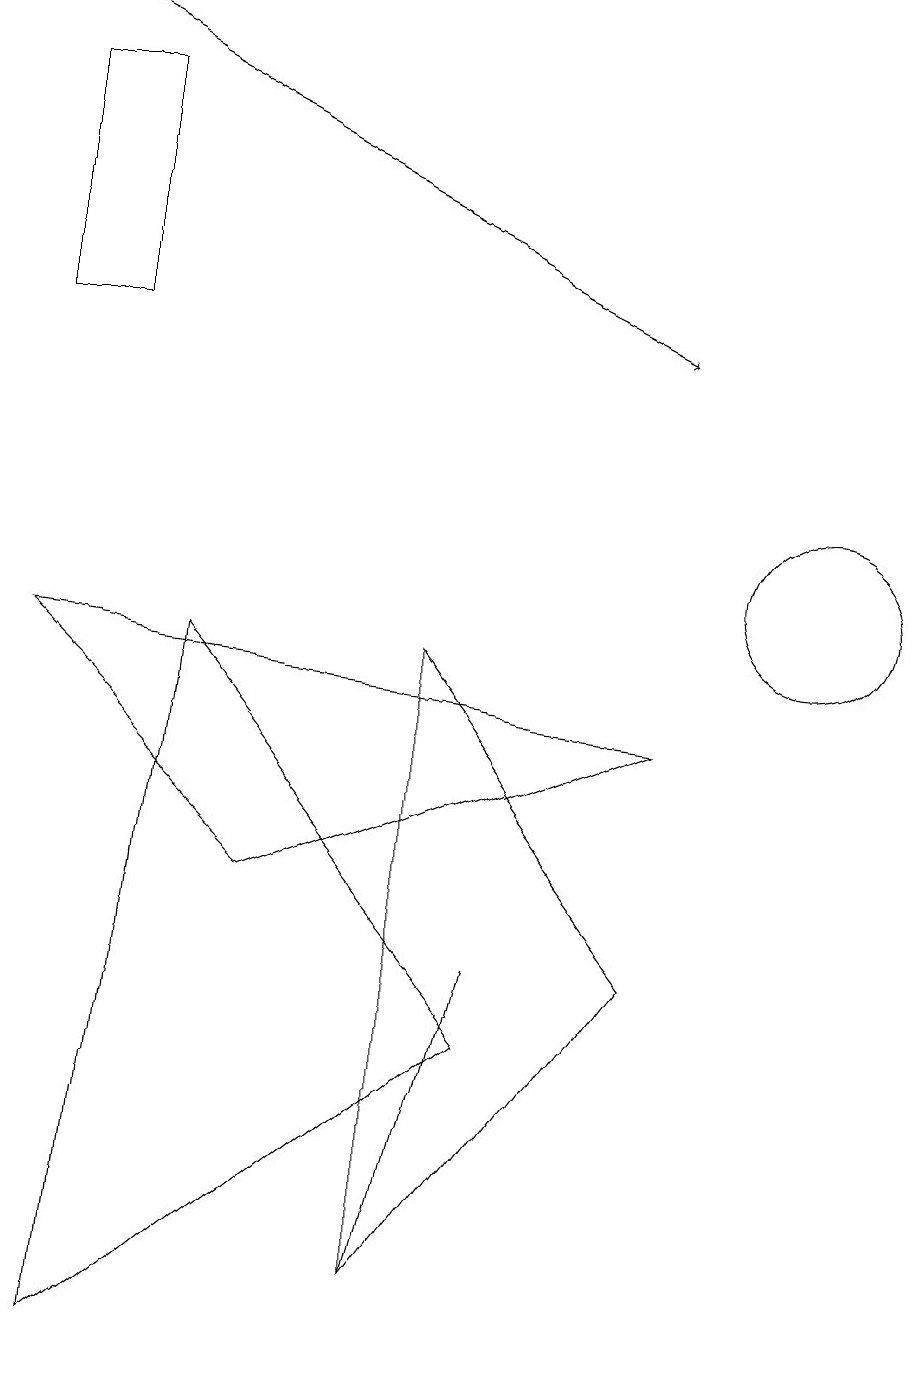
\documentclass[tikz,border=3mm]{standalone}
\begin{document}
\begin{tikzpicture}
\draw (6,5) -- (6,5) -- (5,1) -- cycle;
\draw (10,10) circle (1);
\draw (2,9) -- (6,4) -- (1,0) -- cycle;
\draw (3,6) -- (0,9) -- (8,8) -- cycle;
\draw (0,13) rectangle (1,16);
\draw[->] (0,17) -- (8,13);
\draw (8,5) -- (5,1) -- (5,9) -- cycle;
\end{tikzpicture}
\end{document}